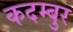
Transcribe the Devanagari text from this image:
कदम्बुर